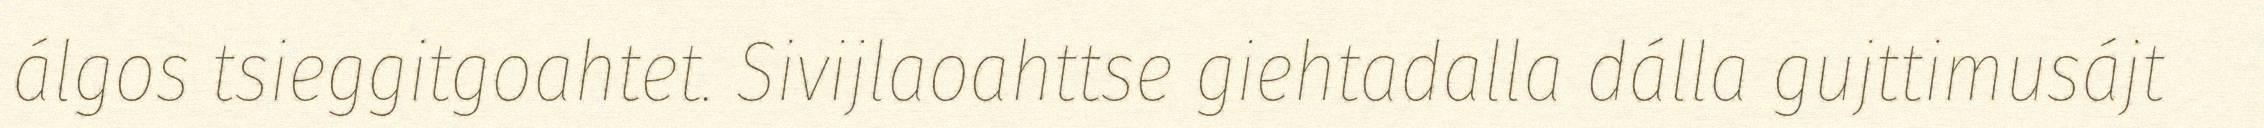
álgos tsieggitgoahtet. Sivijlaoahttse giehtadalla dálla gujttimusájt